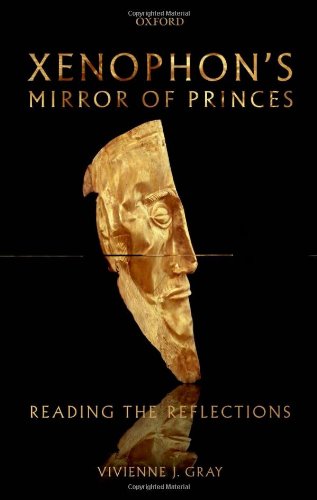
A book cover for Xenophon's Mirror of Princes: Reading the Reflections; Vivienne J. Gray; Literature & Fiction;